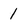
Character: 1